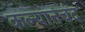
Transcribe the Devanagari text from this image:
कल्यानचंद